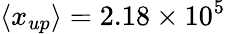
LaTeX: {\langle x_{up}\rangle}=2.18\times 10^{5}